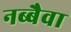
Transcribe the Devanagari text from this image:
नब्बैवा